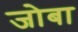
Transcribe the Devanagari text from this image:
जोबा